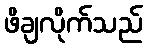
ဖိချလိုက်သည်